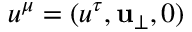
u ^ { \mu } = ( u ^ { \tau } , \mathbf { u } _ { \perp } , 0 )